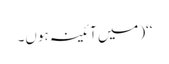
‘‘(میں آئینہ ہوں۔